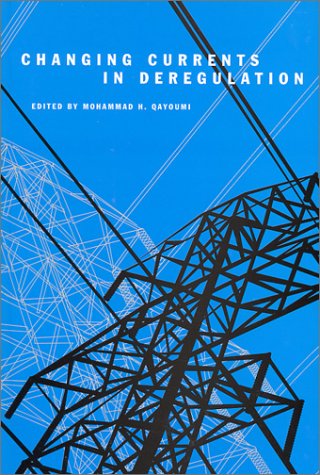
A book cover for Changing Currents in Deregulation; Mohammad H. Qayoumi; Law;